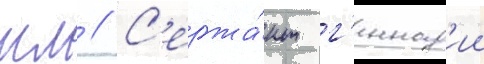
мл // С'ержа́нт г'еннад'ии